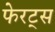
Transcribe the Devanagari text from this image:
फेरट्स